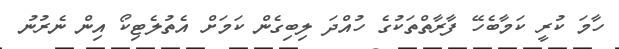
ހާމަ ކުރީ ކަމާބެހޭ ފާރާތްތަކުގެ ހުއްދަ ލިބިގެން ކަމަށް އެތުލެޓިކޯ އިން ނެރުނު